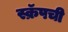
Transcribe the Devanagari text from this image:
स्क्रॅपची